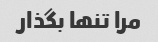
مرا تنها بگذار